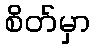
စိတ်မှာ